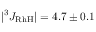
| ^ { 3 } J _ { \mathrm { R h H } } | = 4 . 7 \pm 0 . 1